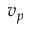
v _ { p }